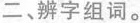
二、辨字组词。